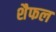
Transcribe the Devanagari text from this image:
शैफल